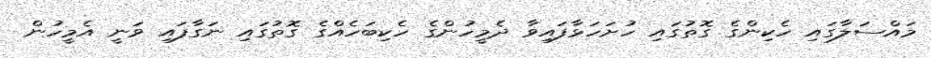
މައްސަލާގައި ހެކިންގެ ގޮތުގައި ހުށަހަޅާފައިވާ ދެމީހުންގެ ހެކިބަހެއްގެ ގޮތުގައި ނަގާފައި ވަނީ އެމީހުން